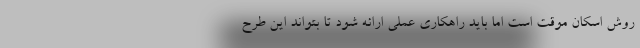
روش اسکان موقت است اما باید راهکاری عملی ارائه شود تا بتواند این طرح